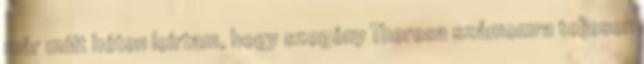
már múlt héten leírtam, hogy szegény Theresa számomra teljesen